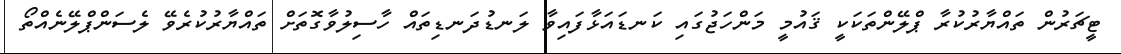
ޓީޗަރުން ތައްޔާރުކުރާ ޕްލޭންތަކަކީ ޤައުމީ މަންހަޖުގައި ކަނޑައަޅާފައިވާ ލަނޑުދަނޑިތައް ހާސިލުވާގޮތަށް ތައްޔާރުކުރެވޭ ލެސަންޕްލޭނެއްތޯ